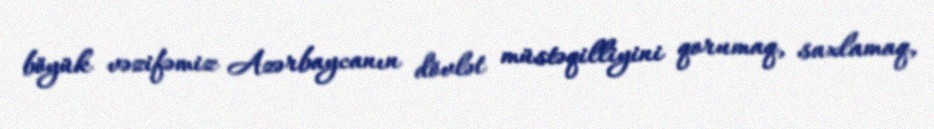
böyük vəzifəmiz Azərbaycanın dövlət müstəqilliyini qorumaq, saxlamaq,